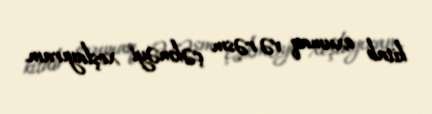
kitab oxumaq və rəsm çəkməyi xoşlayıram.